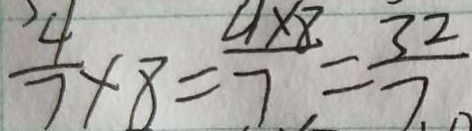
\frac { 4 } { 7 } \times 8 = \frac { 4 \times 8 } { 7 } = \frac { 3 2 } { 7 }